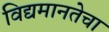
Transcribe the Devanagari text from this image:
विद्यमानतेचा